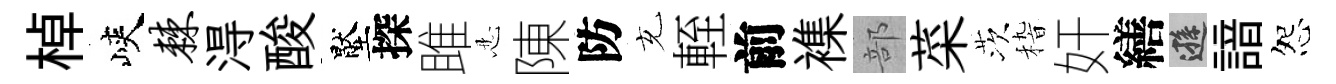
棹峽棘淂酸壓探雎忍陳防充輊前襍部菜茨𥟵奸繕遜諳怨